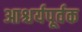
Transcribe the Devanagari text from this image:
आश्चर्यपूर्वक